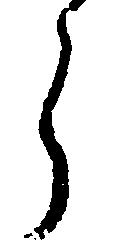
ら